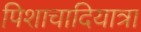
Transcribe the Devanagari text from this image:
पिशाचादियात्रा